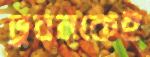
ভুবনকেই